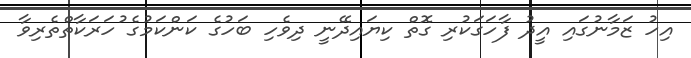
އިހު ޒަމާނުގައި އީދު ފާހަގަކުރި ގޮތް ކިޔައިދޭނީ ދިވެހި ބަހުގެ ކަންކަމުގެ ުހަރަކާތްތެރިވާ